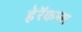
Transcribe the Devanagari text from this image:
हेरॅकल्स